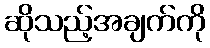
ဆိုသည့်အချက်ကို